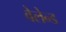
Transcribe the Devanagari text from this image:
वेलेन्ड